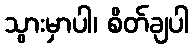
သွားမှာပါ၊ စိတ်ချပါ